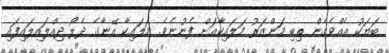
ބަޔަކު އެއްވެގެން ތިބި މަންޒަރު މަލައިކާއަށް ފެނުނެވެ. މަލައިކާ އޭނާގެ ދެލޯ ދިއްލައިލައިފައި